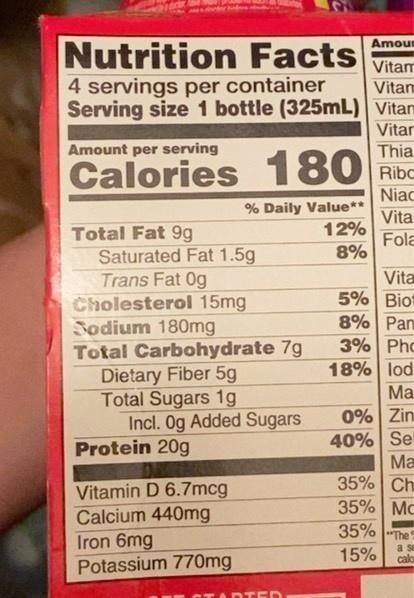
Nutrition Facts
Amour
Vitam
4 servings per container Serving size 1 bottle (325mL) Vitam
Vitam
Vitar
Amount per serving
Thia
Calories
180 Ribc
Niac
% Daily Value** 12%
Vita
Total Fat 9g Saturated Fat 1.5g Trans Fat 0g Cholesterol 15mg Sodium 180mg Total Carbohydrate 7g Dietary Fiber 5g Total Sugars 1g Incl. Og Added Sugars Protein 20g
Fola
8%
Vita 5% Bio 8% Pan 3% Pho 18% lod
Ma
0% Zin 40% Se Ma 35% Ch 35% Mc 35% The
Vitamin D 6.7mcg Calcium 440mg Iron 6mg Potassium 770mg
a se
15%
calo
DTED